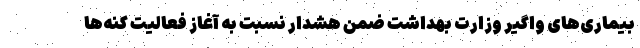
بیماری‌های واگیر وزارت بهداشت ضمن هشدار نسبت به آغاز فعالیت کنه‌ها